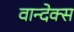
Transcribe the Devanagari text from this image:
वान्देक्स